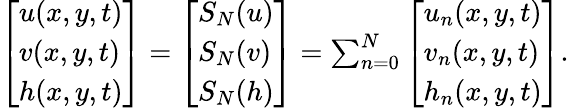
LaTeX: \begin{array}{r}{\left[\begin{array}{l}{u(x,y,t)}\\ {v(x,y,t)}\\ {h(x,y,t)}\end{array}\right]=\left[\begin{array}{l}{S_{N}(u)}\\ {S_{N}(v)}\\ {S_{N}(h)}\end{array}\right]=\sum_{n=0}^{N}\left[\begin{array}{l}{u_{n}(x,y,t)}\\ {v_{n}(x,y,t)}\\ {h_{n}(x,y,t)}\end{array}\right].}\end{array}